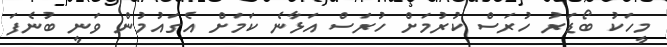
މީހަކު ބޯޑަރު ހުރަސް ކުރުމަށް ހުރަސް އަޅާނެ ކަމަށް އެގައުމުން ވަނީ ބުނެފަ